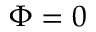
\Phi = 0